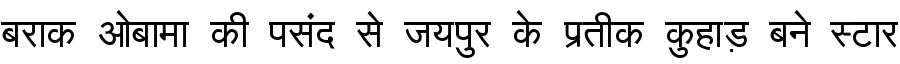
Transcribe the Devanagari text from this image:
बराक ओबामा की पसंद से जयपुर के प्रतीक कुहाड़ बने स्टार